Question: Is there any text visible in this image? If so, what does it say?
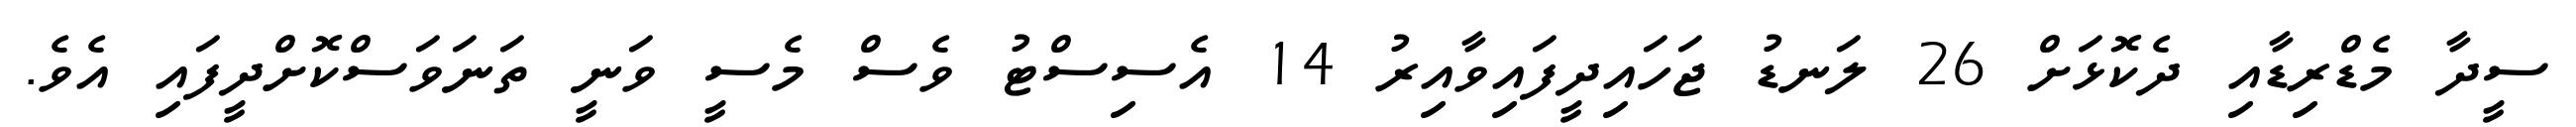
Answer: ސީދާ މެޑްރިޑާއި ދެކޮޅަށް 26 ލަނޑު ޖަހައިދީފައިވާއިރު 14 އެސިސްޓު ވެސް މެސީ ވަނީ ތަނަވަސްކޮށްދީފައި އެވެ.